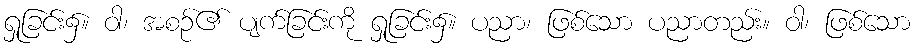
ရှုခြင်း၌။ ဝါ၊ အစဉ်၏ ပျက်ခြင်းကို ရှုခြင်း၌။ ပညာ၊ ဖြစ်သော ပညာတည်း။ ဝါ၊ ဖြစ်သော